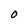
Character: O